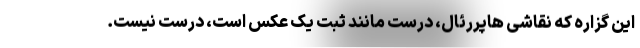
این گزاره که نقاشی هاپررئال، درست مانند ثبت یک عکس است، درست نیست.